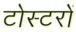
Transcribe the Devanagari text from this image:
टोस्टरों